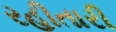
રહીતારી